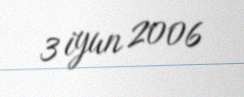
3 iyun 2006